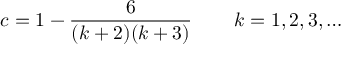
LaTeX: c = 1 - \frac { 6 } { ( k + 2 ) ( k + 3 ) } \, \qquad k = 1 , 2 , 3 , \ldots